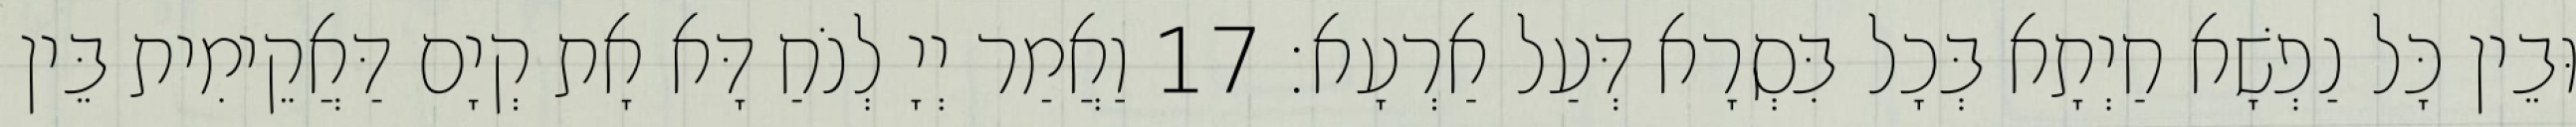
וּבֵין כָּל נַפְשָׁא חַיְתָא בְּכָל בִּסְרָא דְּעַל אַרְעָא׃ 17 וַאֲמַר יְיָ לְנֹחַ דָּא אָת קְיָם דַּאֲקֵימִית בֵּין